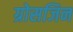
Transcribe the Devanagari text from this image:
ग्रोसजिन